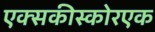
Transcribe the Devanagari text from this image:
एक्सकीस्कोरएक